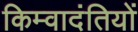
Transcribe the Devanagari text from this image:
किम्वादंतियों